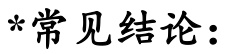
*常见结论：